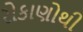
રોકાણોથી